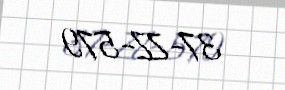
37-ZZ-579